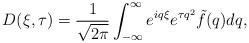
LaTeX: \begin{align*}D(\xi, \tau) = \frac{1}{\sqrt{2\pi}} \int_{-\infty}^{\infty} e^{i q \xi} e^{\tau q^{2}} \tilde{f}(q) dq,\end{align*}